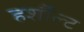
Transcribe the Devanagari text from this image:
हर्शौल्ट